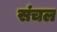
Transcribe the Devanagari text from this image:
संचल